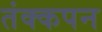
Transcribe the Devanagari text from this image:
तंक्कपन